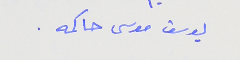
يوسف موسى حاكمه .